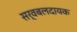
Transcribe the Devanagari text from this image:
सर्वबलदायक